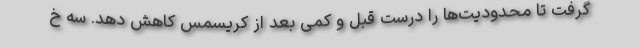
گرفت تا محدودیت‌ها را درست قبل و کمی بعد از کریسمس کاهش دهد. سه خ